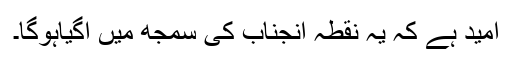
امید ہے کہ یہ نقطہ آنجناب کی سمجھ میں آگیاہوگا۔